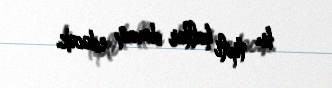
bu tipli hallar davam edəcək.